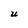
Character: U